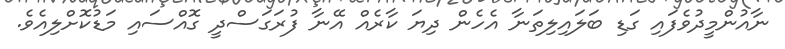
ނާއުންމީދުވެފައި ގަޑި ބަލައިލިތަނާ އެހެން ދިޔަ ކާރެއް އޭނާ ފުރަގަސްދީ ގޮއްސައި މަޑުކޮށްލިއެވެ.